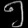
Digit: ၅